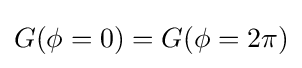
G(\phi =0)=G(\phi =2\pi )